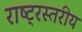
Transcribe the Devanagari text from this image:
राष्ट्रस्तरीय